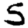
Digit: 5